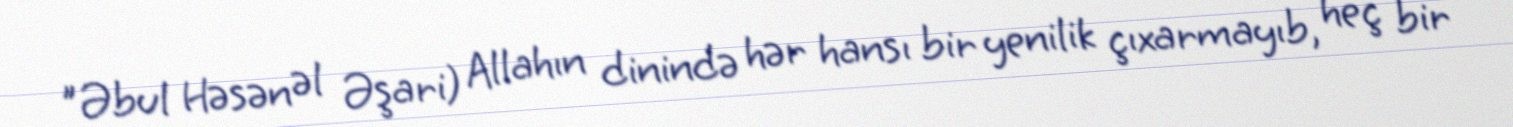
"Əbul Həsən əl Əşari) Allahın dinində hər hansı bir yenilik çıxarmayıb, heç bir